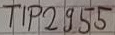
Text: TIP2955